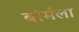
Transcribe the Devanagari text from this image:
बोर्मला